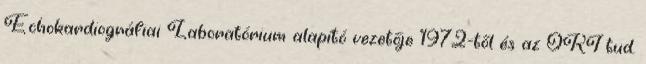
Echokardiográfiai Laboratórium alapító vezetője 1972-től és az OKI tud.